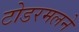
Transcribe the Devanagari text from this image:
टोडरमलने